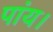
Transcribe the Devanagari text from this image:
पांय।